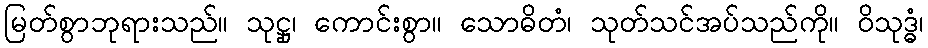
မြတ်စွာဘုရားသည်။ သုဋ္ဌု၊ ကောင်းစွာ။ သောဓိတံ၊ သုတ်သင်အပ်သည်ကို။ ဝိသုဒ္ဓံ၊